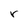
Character: r